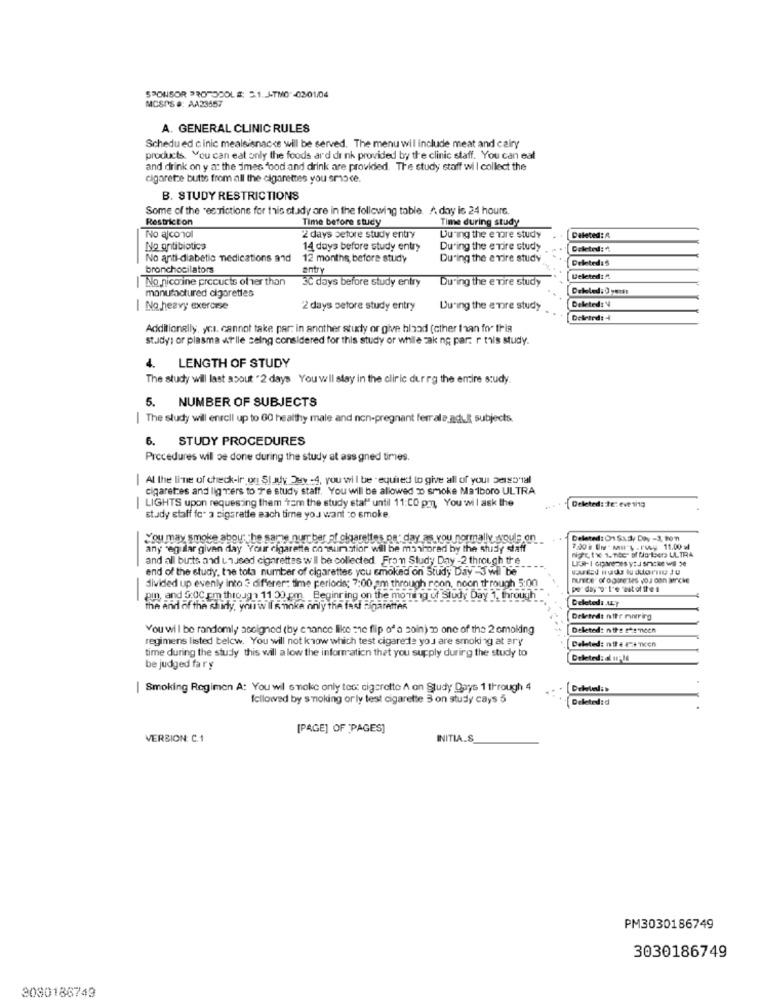
SPONSOR PROTOCOLS: 5.1.J-TMO -02-01/04
MCSPS #: AA23457
A. GENERAL CLINIC RULES
Schedu ed cinic mealsisnacks will be served. The menu will include meat and cairy
products. You can eat only the foods ard dr nk provided by the clinic staff. You can eat
and drink on y a: the imes food and drink are provided. The study staff will collect the
cigarete butte from all the cigarettes you emoce.
B. STUDY RESTRICTIONS
Some of the restrictions for this etady are in the following table. / day is 24 hours.
Restriction
Time before study
Time during study
No ajcon01
2 days before study entry
During the e mare study
Deleted: A
No antibiotics
14 days before study entry
During the e Tire study
Deleted: "
No anti-diabetic medications and
12 months before study
During the e vire study
Deleted: 5
bronchocilators
entry
No nicotine precucis other than
3C days before study entry
During the e vire Study
Deleted :.
manufactured cigarettes
Deleled: 0 pers
No heavy exercise
2 days before study entry
During the e more study
Deleted: 4
Deleted:4
Additionally, ycı. cannot take par: in another study or give blood (other than for thia
st.adys or plasma it'lle selng considered for this study or while zak ng par: r this study.
4. LENGTH OF STUDY
The study will last about "2 days You will stay in the clinic dur rg the entire study.
5. NUMBER OF SUBJECTS
| The study will enroll up to 60 healthy male and non-pregnant ferrale_adul subjects.
6. STUDY PROCEDURES
Procedures will be done during the study at assigned times.
| Al the line of check-ir on Stady Day -4, you will be ' equired to give all of your Jeiss'tal
cigarettes and lig vers to f'e study staff. You will be allowed D smoke Malboro ULTRA
| LIGHTS upon requesting them "Tam the study stat" until 11:CO pm, You will ask the
Deleted: te: eve 1h10
study staff fo- a sigarette each time you want to smoke.
You may smoke abou the same number of cigarettes pe day as you normally woule on
Deleted: On Sadly Day -3, 907
-
any regular given day Your cigarette consumatior will be monhorad by the shidly staff
and all butts and unused cigarettes w Il be collected From Study Day -2 through the
end of the study, the tota number of cigarettes you smoked on Study Day -3 wil be
divided up evenly into 3 different time periods; 7:00 am through roon, noon through 5:00
--
pin, and 5:00 pm through 11 30 pm Beginring on the morning of Study Day 1, through
Deleted: . LEY
the and of the shidy, whi w Il K noka only the fast Sigaretten
Deleted: nitr rwiring
You wil be randomly accigned (by chance like me flip of a soin) no one of the 2 cmoking
[Deleted: nif : ghemnicen
regimens listed below. You will not know which test cigarette you are smoking at ary
Deleted: nff # #7+ Tien
time during the study this will a low the information that you supply during the study to
Deleted: d uple
be judged far y
| Smoking Regimen A: You wil smoke only test cigarette A on Study Days 1 through 4
Dellel:b
followed by smoking orly test cigarette 3 on study cays 5
Deleted:d
[PAGE] OF 'PAGES]
VERSION: C.1
INITIA.S.
PM3030186749
3030186749
3080186749